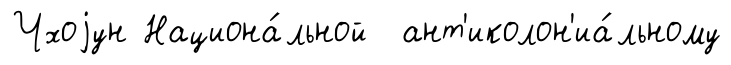
Чхоjун Национа́льной ант'иколон'иа́льному